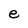
Character: e